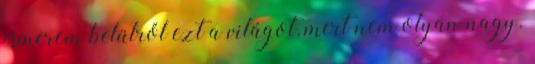
ismerem belülről ezt a világot, mert nem olyan nagy.